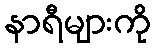
နာရီများကို